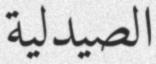
الصیدلیة